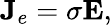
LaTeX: \mathbf{J}_{e}=\sigma\mathbf{E},